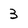
Character: 3